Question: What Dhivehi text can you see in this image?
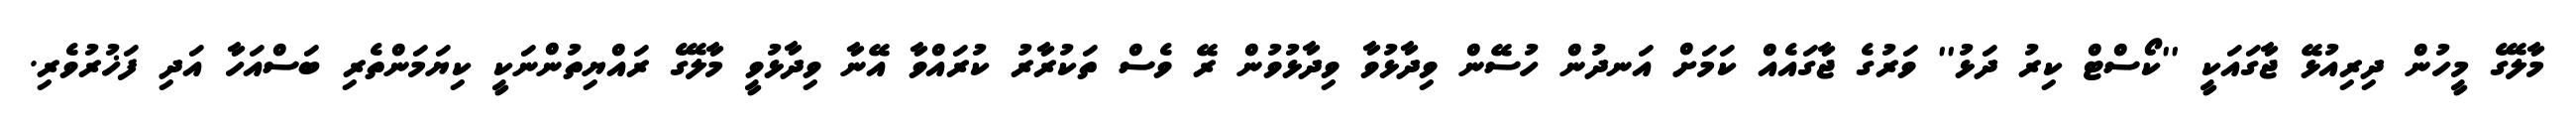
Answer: މާލޭގެ މީހުން ދިރިއުޅޭ ޖާގައަކީ ''ކޯސްޓް ކިރު ދަޅު'' ވަރުގެ ޖާގައެއް ކަމަށް އަނދުން ހުސޭން ވިދާޅުވާ ވިދާޅުވުން ރޭ ވެސް ތަކުރާރު ކުރައްވާ އޭނާ ވިދާޅުވީ މާލޭގެ ރައްޔިތުންނަކީ ކިޔަމަންތެރި ބަސްއަހާ އަދި ފަޚުރުވެރި.